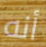
أنه